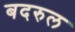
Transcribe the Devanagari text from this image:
बदरुल